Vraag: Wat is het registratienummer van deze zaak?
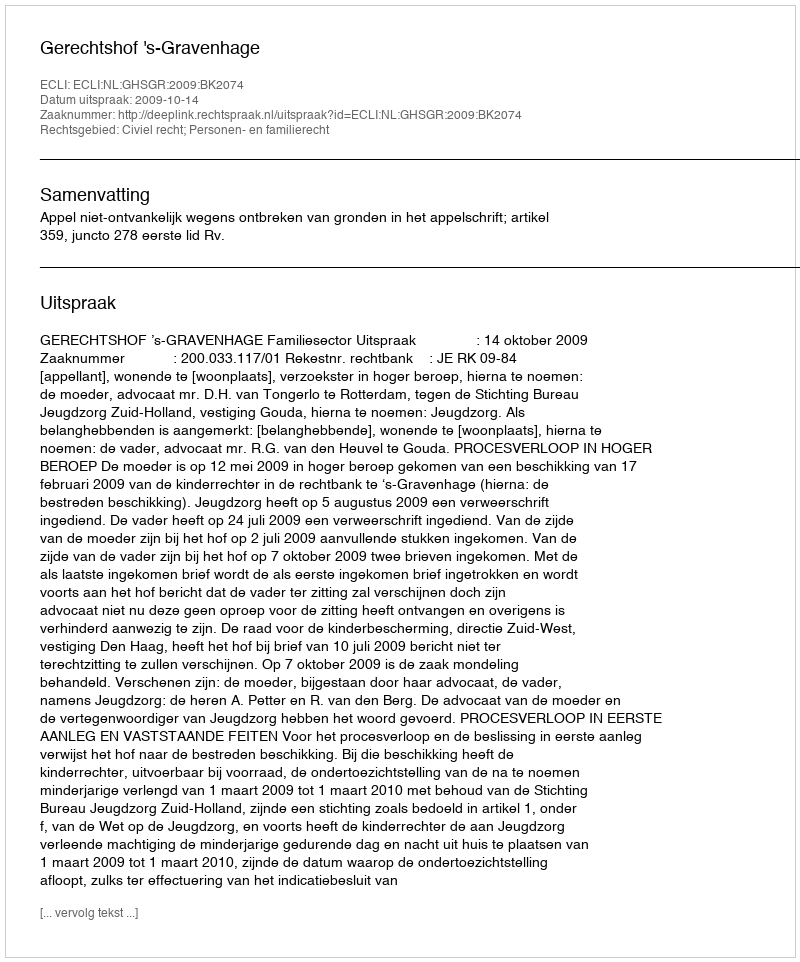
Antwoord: http://deeplink.rechtspraak.nl/uitspraak?id=ECLI:NL:GHSGR:2009:BK2074